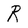
Character: R